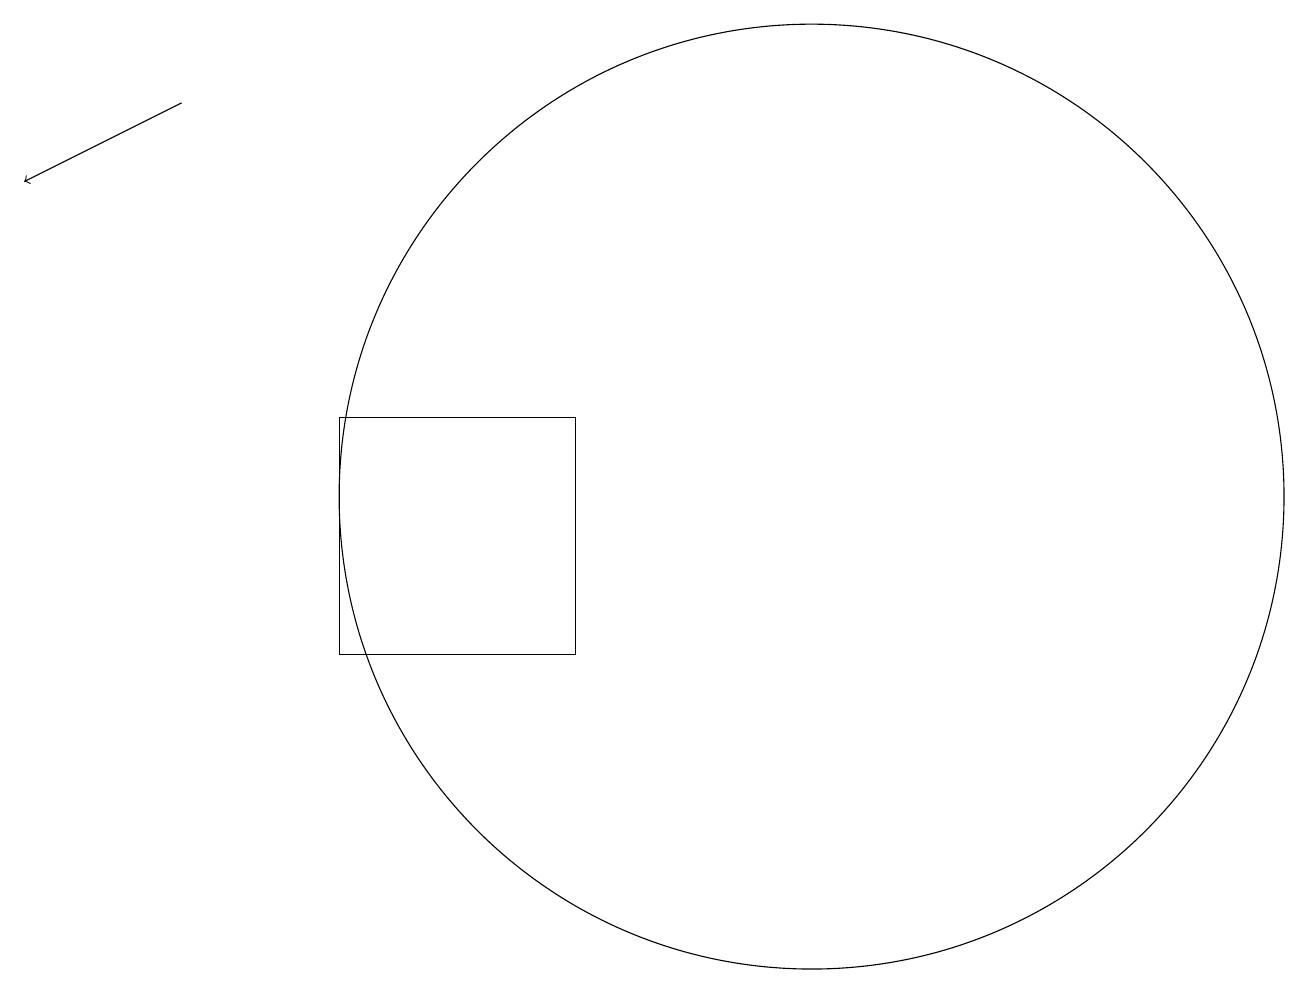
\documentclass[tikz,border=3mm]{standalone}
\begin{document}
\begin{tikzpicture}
\draw (11,12) circle (6);
\draw[->] (3,17) -- (1,16);
\draw (8,13) rectangle (5,10);
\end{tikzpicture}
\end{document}